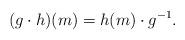
LaTeX: \begin{align*}(g\cdot h)(m)= h(m)\cdot g^{-1}.\end{align*}